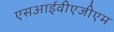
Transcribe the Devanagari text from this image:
एसआईवीएजीएम